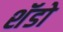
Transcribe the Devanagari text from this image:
शॅडो